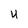
Character: U